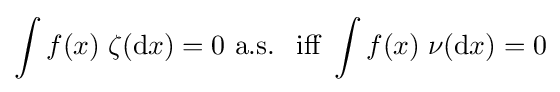
\int f(x)\;\zeta (\mathrm {d} x)=0{\text{ a.s. }}{\text{ iff }}\int f(x)\;\nu (\mathrm {d} x)=0